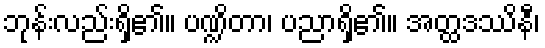
ဘုန်းလည်းရှိ၏။ ပဏ္ဍိတာ၊ ပညာရှိ၏။ အတ္ထဒဿိနီ၊